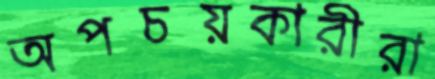
অপচয়কারীরা